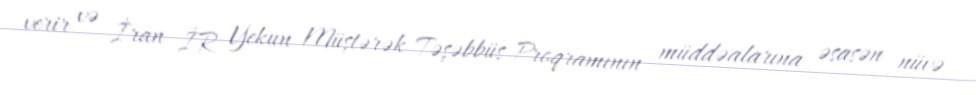
verir və İran İR Yekun Müştərək Təşəbbüs Proqramının müddəalarına əsasən nüvə